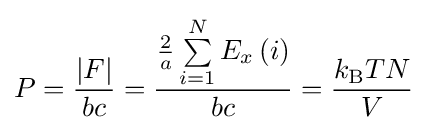
P={\frac {\left|F\right|}{bc}}={\frac {{\frac {2}{a}}\sum \limits _{i=1}^{N}{{E_{x}}\left(i\right)}}{bc}}={\frac {k_{\text{B}}TN}{V}}